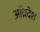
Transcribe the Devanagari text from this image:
आँध्रदेश